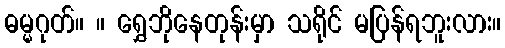
ဓမ္မဂုတ်။ ။ ရွှေဘိုနေတုန်းမှာ သရိုင် မပြန်ရဘူးလား။